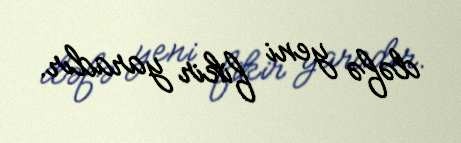
dəfə yeni fikir yaradır.